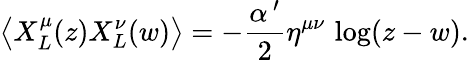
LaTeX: \left\langle X_{L}^{\mu}(z)X_{L}^{\nu}(w)\right\rangle=-\frac{\alpha^{\, \prime}}{2}\eta^{\mu\nu}\, \log(z-w).